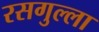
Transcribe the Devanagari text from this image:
रसगुल्‍ला